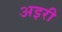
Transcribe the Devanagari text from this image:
अइरी